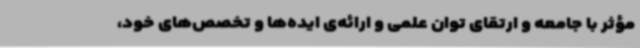
مؤثر با جامعه و ارتقای توان علمی و ارائه‌ی ایده‌ها و تخصص‌های خود،